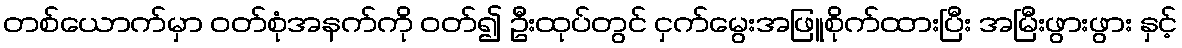
တစ်ယောက်မှာ ဝတ်စုံအနက်ကို ဝတ်၍ ဦးထုပ်တွင် ငှက်မွေးအဖြူစိုက်ထားပြီး အမြီးဖွားဖွား နှင့်